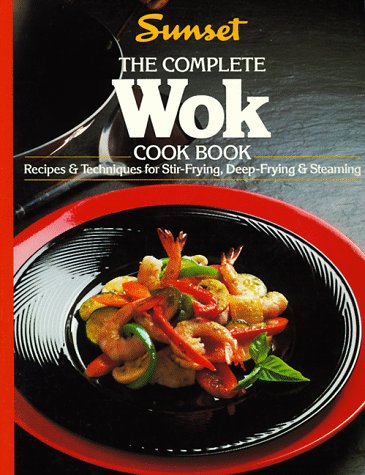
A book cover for The Complete Wok Cook Book; Sunset Books; Cookbooks, Food & Wine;